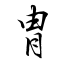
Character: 冑